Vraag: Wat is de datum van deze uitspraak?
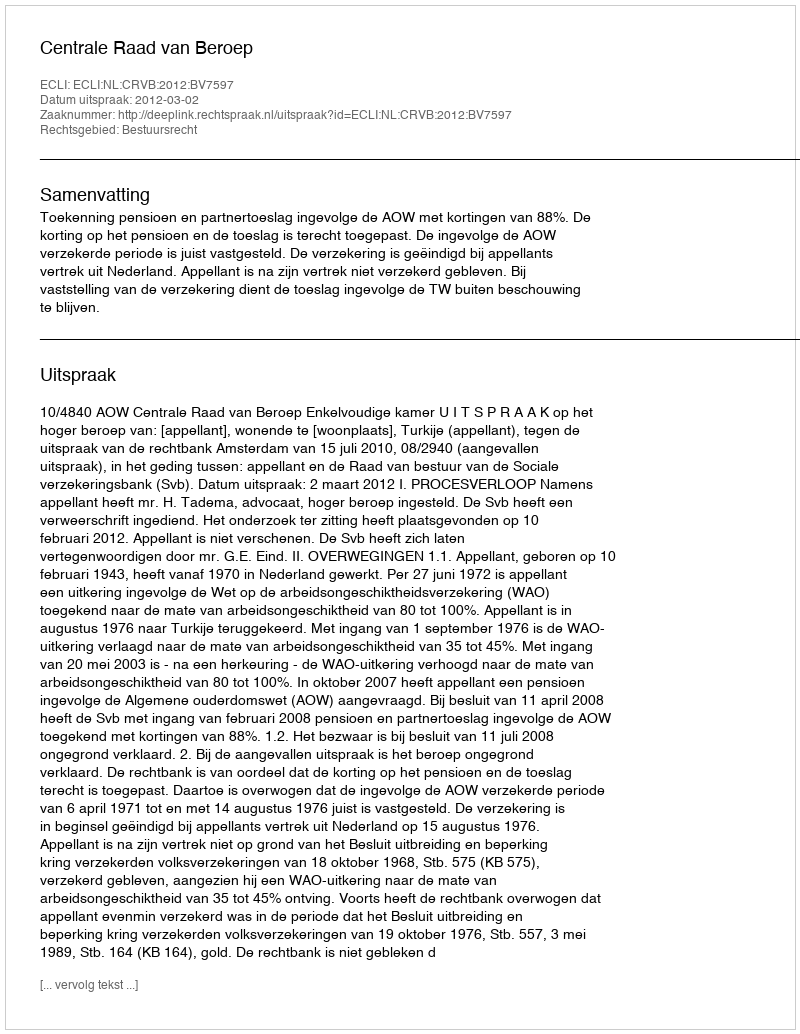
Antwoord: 2012-03-02